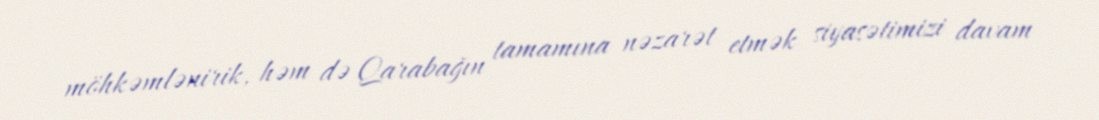
möhkəmlənirik, həm də Qarabağın tamamına nəzarət etmək siyasətimizi davam